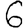
Digit: 6